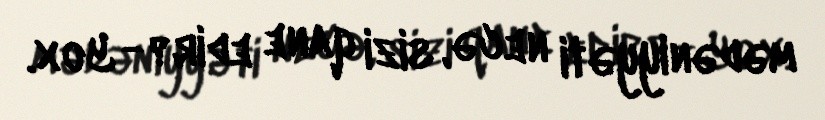
mədəniyyəti necə, sizi qane edir?- Yox.